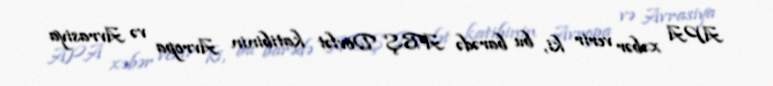
APA xəbər verir ki, bu barədə ABŞ Dövlət katibinin Avropa və Avrasiya